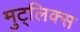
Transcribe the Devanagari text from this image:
मुट्लिक्स